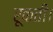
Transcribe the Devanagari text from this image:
रूकती।